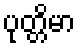
ပုတ္တိမာ